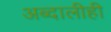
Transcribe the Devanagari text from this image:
अब्दालीही